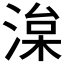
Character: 𭱠